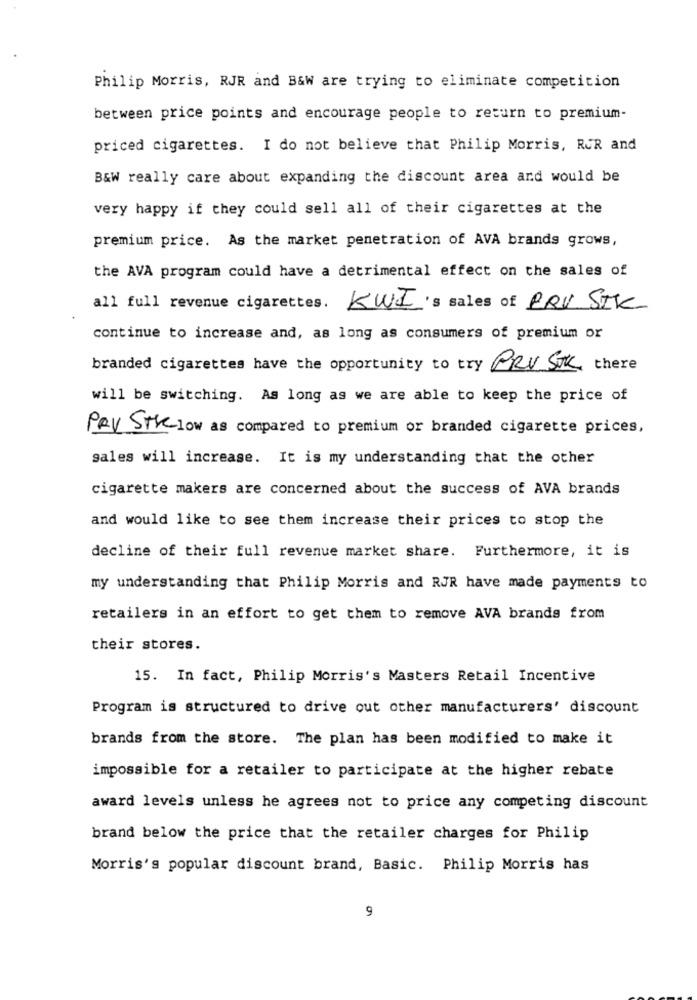
Philip Morris, RJR and B&W are trying to eliminate competition
between price points and encourage people to return to premium-
priced cigarettes. I do not believe that Philip Morris, RUR and
B&W really care about expanding the discount area and would be
very happy if they could sell all of their cigarettes at the
premium price. As the market penetration of AVA brands grows,
the AVA program could have a detrimental effect on the sales of
revenue cigarettes .
KWI's sales of PRV STK
continue to increase and, as long as consumers of premium or
branded cigarettes have the opportunity to try PRV STK, there
will be switching. As long as we are able to keep the price of
PAV STK low as compared to premium or branded cigarette prices,
gales will increase. It is my understanding that the other
cigarette makers are concerned about the success of AVA brands
and would like to see them increase their prices to stop the
decline of their full revenue market share. Furthermore, it is
my understanding that Philip Morris and RJR have made payments to
retailers in an effort to get them to remove AVA brands from
their stores.
15. In fact, Philip Morris's Masters Retail Incentive
Program is structured to drive out other manufacturers' discount
brands from the store. The plan has been modified to make it
impossible for a retailer to participate at the higher rebate
award levels unless he agrees not to price any competing discount
brand below the price that the retailer charges for Philip
Morris's popular discount brand, Basic. Philip Morris has
9